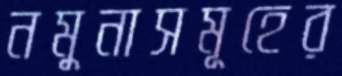
নমুনাসমূহের